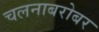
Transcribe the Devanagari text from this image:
चलनाबरोबर